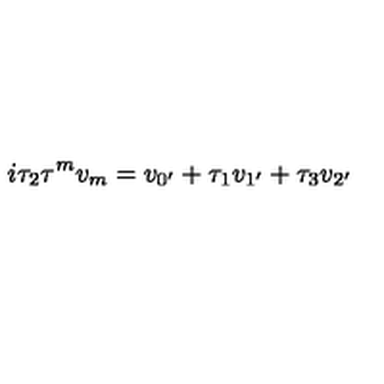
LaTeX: i \tau _ { 2 } \tau ^ { m } v _ { m } = v _ { 0 ^ { \prime } } + \tau _ { 1 } v _ { 1 ^ { \prime } } + \tau _ { 3 } v _ { 2 ^ { \prime } }